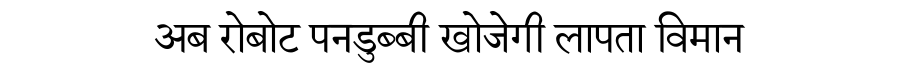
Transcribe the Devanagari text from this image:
अब रोबोट पनडुब्बी खोजेगी लापता विमान